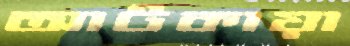
আটকায়া